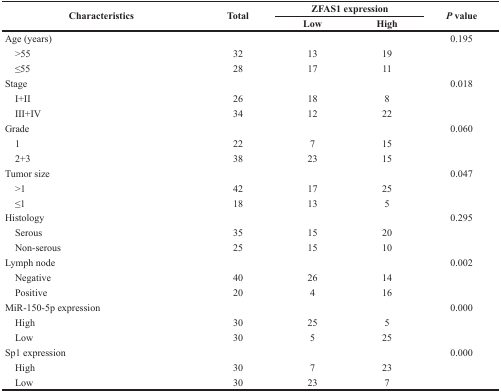
| <ROWSPAN=2> Characteristics | <ROWSPAN=2> Total | <COLSPAN=2> ZFAS1 expression | <ROWSPAN=2> P value |
 | Low | High |
 | --- | --- | --- | --- | --- |
 | Age (years) |  |  |  | 0.195 |
 | >55 | 32 | 13 | 19 |  |
 | ≤55 | 28 | 17 | 11 |  |
 | Stage |  |  |  | 0.018 |
 | I+II | 26 | 18 | 8 |  |
 | III+IV | 34 | 12 | 22 |  |
 | Grade |  |  |  | 0.060 |
 | 1 | 22 | 7 | 15 |  |
 | 2+3 | 38 | 23 | 15 |  |
 | Tumor size |  |  |  | 0.047 |
 | >1 | 42 | 17 | 25 |  |
 | ≤1 | 18 | 13 | 5 |  |
 | Histology |  |  |  | 0.295 |
 | Serous | 35 | 15 | 20 |  |
 | Non-serous | 25 | 15 | 10 |  |
 | Lymph node |  |  |  | 0.002 |
 | Negative | 40 | 26 | 14 |  |
 | Positive | 20 | 4 | 16 |  |
 | MiR-150-5p expression |  |  |  | 0.000 |
 | High | 30 | 25 | 5 |  |
 | Low | 30 | 5 | 25 |  |
 | Sp1 expression |  |  |  | 0.000 |
 | High | 30 | 7 | 23 |  |
 | Low | 30 | 23 | 7 |  |